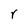
Character: r